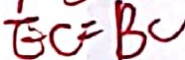
B C = B C